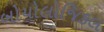
બોયોલોજિકલ